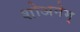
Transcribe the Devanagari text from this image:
शोअनेम्